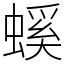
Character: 螇